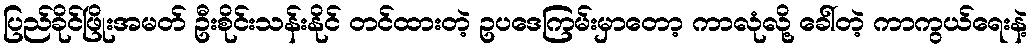
ပြည်ခိုင်ဖြိုးအမတ် ဦးစိုင်းသန်းနိုင် တင်ထားတဲ့ ဥပဒေကြမ်းမှာတော့ ကာလုံလို့ ခေါ်တဲ့ ကာကွယ်ရေးနဲ့